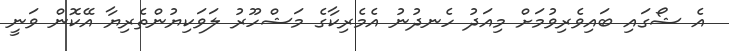
އެ ޝޯގައި ބައިވެރިވުމަށް މިއަދު ހެނދުނު އެމެރިކާގެ މަޝްހޫރު ލަވަކިޔުންތެރިޔާ އޭކޮން ވަނީ